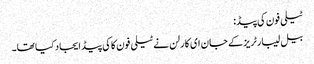
ٹیلی فون کی پیڈ:
بیل لیبارٹریز کے جان ای کارلن نے ٹیلی فون کاکی پیڈ ایجاد کیا تھا۔